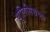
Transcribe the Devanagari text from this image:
युलिसिसच्या